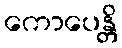
ကောပေန္တိ